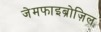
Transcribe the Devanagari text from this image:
जेमफाइब्रोज़िल